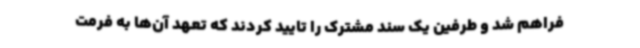
فراهم شد و طرفین یک سند مشترک را تایید کردند که تعهد آن‌ها به فرمت